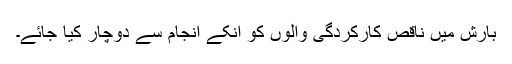
بارش میں ناقص کارکردگی والوں کو انکے انجام سے دوچار کیا جائے۔